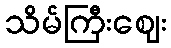
သိမ်ကြီးဈေး